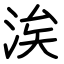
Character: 涘